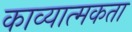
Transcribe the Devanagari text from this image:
काव्‍यात्‍मकता